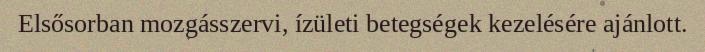
Elsősorban mozgásszervi, ízületi betegségek kezelésére ajánlott.